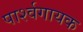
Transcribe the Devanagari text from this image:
पार्श्‍वगायक